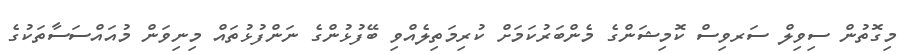
މިގޮތުން ސިވިލް ސަރވިސް ކޮމިޝަންގެ މެންބަރުކަމަށް ކުރިމަތިލެއްވި ބޭފުޅުންގެ ނަންފުޅުތައް މިނިވަން މުއައްސަސާތަކުގެ